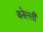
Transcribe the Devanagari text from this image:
बनेल्ली